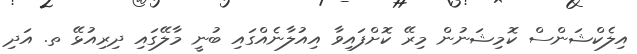
އިލެކްޝަންސް ކޮމިޝަނުން މިރޭ ކޮށްފައިވާ އިއުލާނެއްގައި ބުނީ މާލޭގައި ދިރިއުޅޭ ތ. އަދި